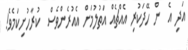
އަދި އެ  ން ހޭދަކުރި އެއްޗެއް އަތުލުމަށް އެއުރެންވެސް  ކުރާހުށިކަމެވެ!